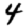
Digit: 4